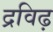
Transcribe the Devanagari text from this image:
द्रविढ़